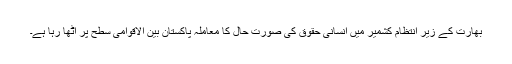
بھارت کے زیر انتظام کشمیر میں انسانی حقوق کی صورت حال کا معاملہ پاکستان بین الاقوامی سطح پر اٹھا رہا ہے۔